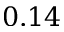
0 . 1 4